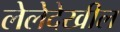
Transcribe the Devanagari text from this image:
लेलेदेखील